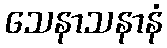
သေနာသနာနံ